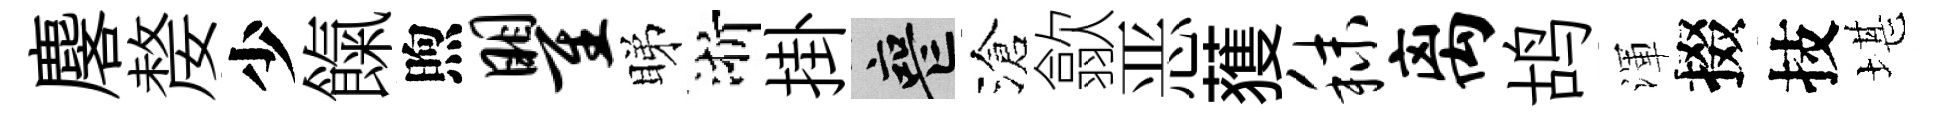
麐嫠少餼煦瞿睇浙掛喪滄歙恶𫉬秣离鸪渾掇技堪